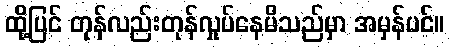
ထို့ပြင် တုန်လည်းတုန်လှုပ်နေမိသည်မှာ အမှန်ပင်။